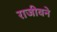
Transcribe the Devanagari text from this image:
राजीवने